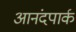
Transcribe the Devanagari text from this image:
आनंदपार्क